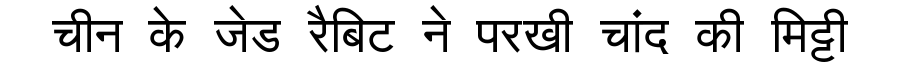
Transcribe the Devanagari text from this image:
चीन के जेड रैबिट ने परखी चांद की मिट्टी